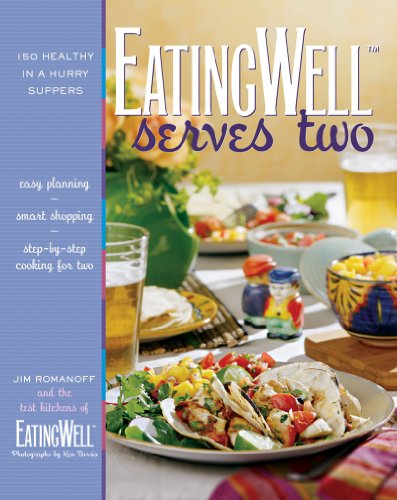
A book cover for EatingWell Serves Two: 150 Healthy in a Hurry Suppers; Jim Romanoff; Cookbooks, Food & Wine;